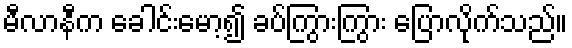
မီလာနီက ခေါင်းမော့၍ ခပ်ကြွားကြွား ပြောလိုက်သည်။